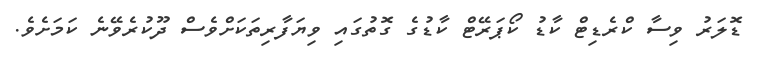
ޑޮލަރު ވިސާ ކްރެޑިޓް ކާޑު ކޯޕަރޭޓް ކާޑުގެ ގޮތުގައި ވިޔަފާރިތަކަށްވެސް ދޫކުރެވޭނެ ކަމަށެވެ.